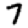
Digit: 7